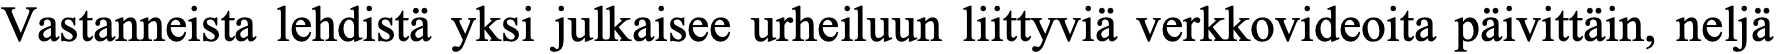
Vastanneista lehdistä yksi julkaisee urheiluun liittyviä verkkovideoita päivittäin, neljä